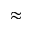
\approx